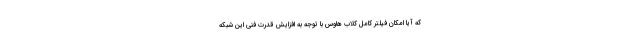
که آیا امکان فیلتر کامل کلاب هاوس با توجه به افزایش قدرت فنی این شبکه